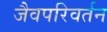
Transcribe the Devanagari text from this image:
जैवपरिवर्तन